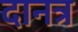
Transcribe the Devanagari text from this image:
दानत्र